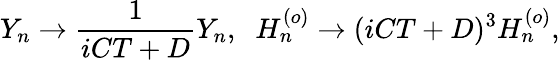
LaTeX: Y_{n}\rightarrow\frac{1}{iCT+D}Y_{n},\; \; H_{n}^{(o)}\rightarrow(iCT+D)^{3}H_{n}^{(o)},